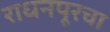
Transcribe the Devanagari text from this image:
राधनपूरचा